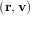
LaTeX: \displaystyle ( \mathbf { r } , \mathbf { v } )